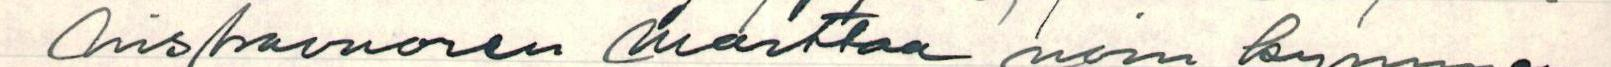
Niskavuoren Marttaa noin kymmen-